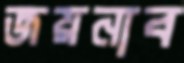
জয়নাব